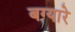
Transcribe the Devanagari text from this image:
बग्यारे